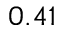
0 . 4 1